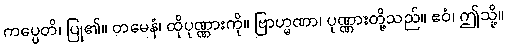
ကပ္ပေတိ၊ ပြု၏။ တမေနံ၊ ထိုပုဏ္ဏားကို။ ဗြာဟ္မဏာ၊ ပုဏ္ဏားတို့သည်။ ဧဝံ၊ ဤသို့။